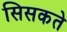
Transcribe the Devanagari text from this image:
सिसकते